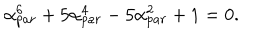
LaTeX: \alpha _ { p a r } ^ { 6 } + 5 \alpha _ { p a r } ^ { 4 } - 5 \alpha _ { p a r } ^ { 2 } + 1 = 0 .